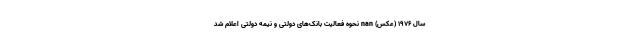
سال 1976 (عکس) nan نحوه فعالیت بانک‌های دولتی و نیمه دولتی اعلام شد